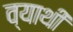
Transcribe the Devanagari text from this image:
व्याथी